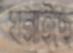
ঘনাইছে